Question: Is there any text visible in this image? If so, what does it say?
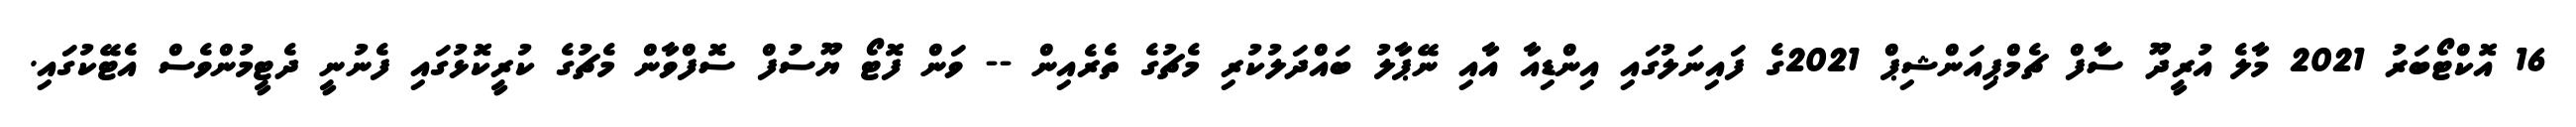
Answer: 16 އޮކްޓޯބަރު 2021 މާލެ އުރީދޫ ސާފް ޗެމްޕިއަންޝިޕް 2021ގެ ފައިނަލުގައި އިންޑިއާ އާއި ނޭޕާލު ބައްދަލުކުރި މެޗުގެ ތެރެއިން -- ވަން ފޮޓޯ ޔޫސުފް ސޮފްވާން މެޗުގެ ކުރީކޮޅުގައި ފެނުނީ ދެޓީމުންވެސް އެޓޭކުގައި.